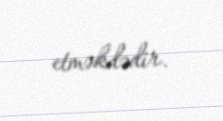
etməkdədir.